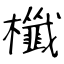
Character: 櫼